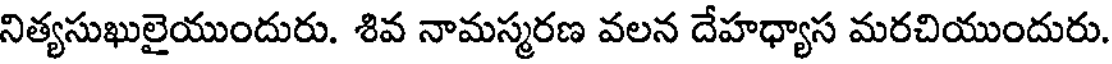
నిత్యసుఖులైయుందురు. శివ నామస్మరణ వలన దేహధ్యాస మరచియుందురు.